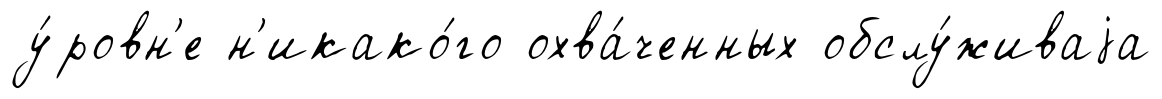
у́ровн'е н'икако́го охва́ченных обслу́живаjа